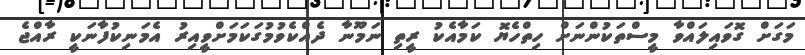
މަގަށް ގޮވައިލައްވާ މީސްތަކުންނަށް ހިތްހެޔޮ ކަމާއެކު ރީތި ނަމޫނާ ދެއްކެވުމުގަކަމަށްވީއިރު އެމަނިކުފާނަކީ ރާއްޖެ